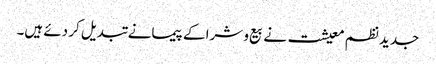
جدید نظم معیشت نے بیع و شرا کے پیمانے تبدیل کر دئے ہیں۔